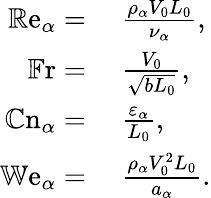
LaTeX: \begin{array}{rl}{\mathbb{R}\mathrm{e}_{\alpha}=}&{{}~\frac{\rho_{\alpha}V_{0}L_{0}}{\nu_{\alpha}},}\\ {\mathbb{F}\mathrm{r}=}&{{}~\frac{V_{0}}{\sqrt{bL_{0}}},}\\ {\mathbb{C}\mathrm{n}_{\alpha}=}&{{}~\frac{\varepsilon_{\alpha}}{L_{0}},}\\ {\mathbb{W}\mathrm{e}_{\alpha}=}&{{}~\frac{\rho_{\alpha}V_{0}^{2}L_{0}}{a_{\alpha}}.}\end{array}